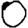
Digit: 0